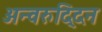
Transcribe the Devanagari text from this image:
अन्वरुद्दिन